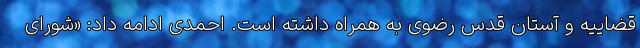
قضاییه و آستان قدس رضوی به همراه داشته است. احمدی ادامه داد: «شورای